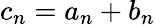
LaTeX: c_{n}=a_{n}+b_{n}